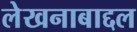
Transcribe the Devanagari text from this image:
लेखनाबाद्दल